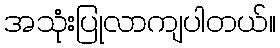
အသုံးပြုလာကျပါတယ်။